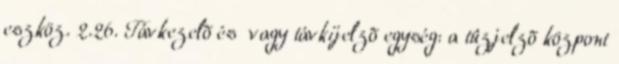
eszköz. 2.26. Távkezelõ és vagy távkijelzõ egység: a tûzjelzõ központ